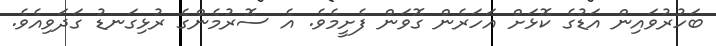
ބަހުރުވައިން އަޑުގެ ކޮޅަށް އަހަރެން ގޮވަން ފެށީމެވެ. އެ ސޮރުމެންގެ ރުޅިގަނޑު ގަދަވިއެވެ.